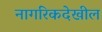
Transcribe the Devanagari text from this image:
नागरिकदेखील